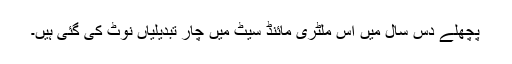
پچھلے دس سال میں اس ملٹری مائنڈ سیٹ میں چار تبدیلیاں نوٹ کی گئی ہیں۔